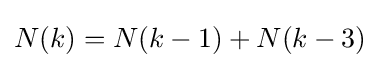
N(k)=N(k-1)+N(k-3)